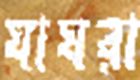
ঘাঘরা